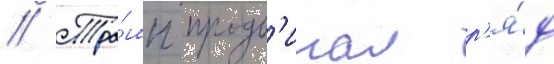
// Тра́мп продв'игал р'я́д